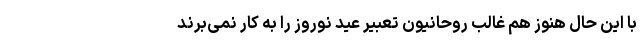
با این حال هنوز هم غالب روحانیون تعبیر عید نوروز را به کار نمی‌برند